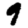
Digit: 9